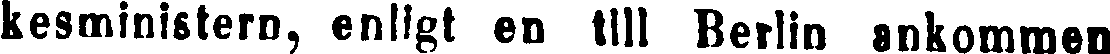
kesministern, enligt en till Berlin ankommen